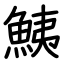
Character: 鮧